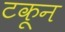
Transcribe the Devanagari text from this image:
टकून